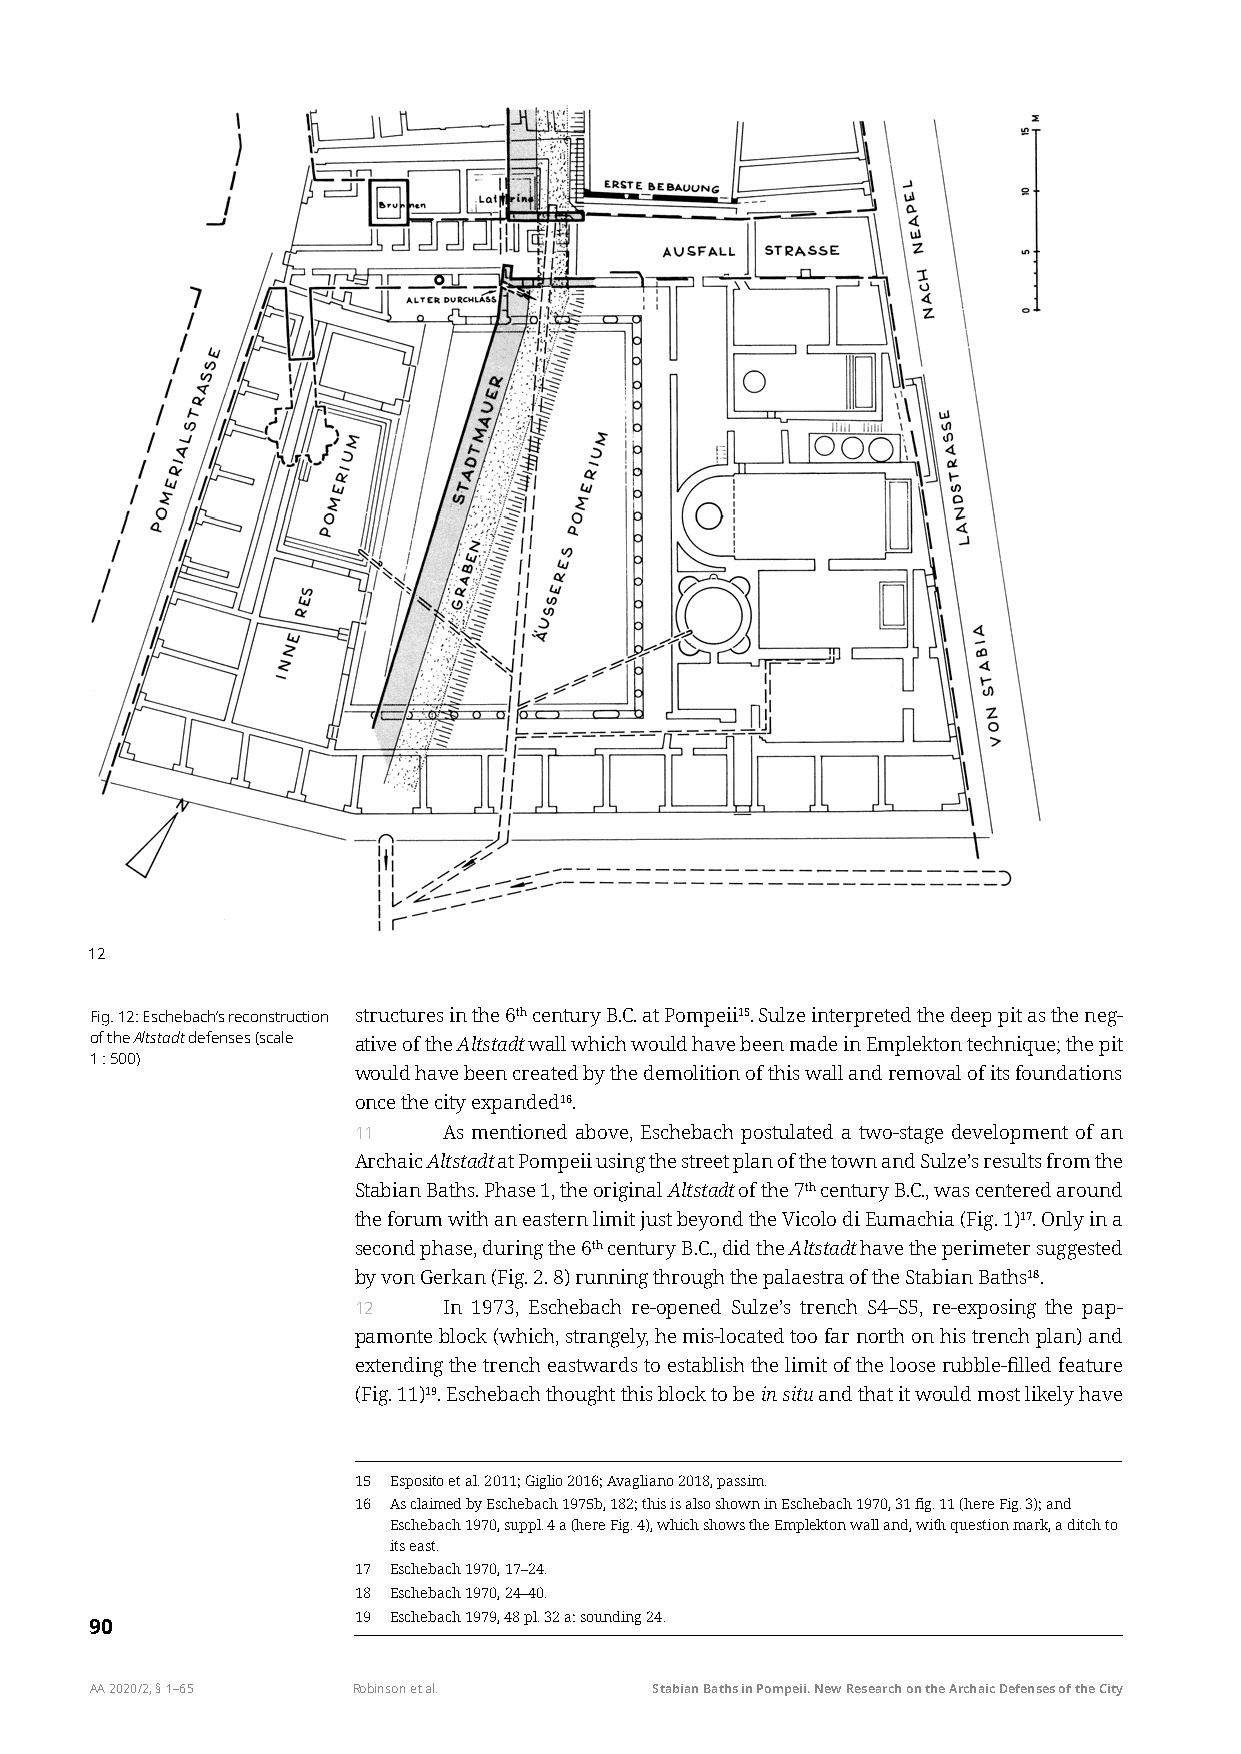
12
 Fig. 12: Eschebach’s reconstruction structures in the 6th century B.C. at Pompeii15. Sulze interpreted the deep pit as the neg-
 of the Altstadt defenses (scale ative of the Altstadt wall which would have been made in Emplekton technique; the pit
 1 : 500)
 would have been created by the demolition of this wall and removal of its foundations
 once the city expanded16.
 11    As mentioned above, Eschebach postulated a two-stage development of an
 Archaic Altstadt at Pompeii using the street plan of the town and Sulze’s results from the
 Stabian Baths. Phase 1, the original Altstadt of the 7th century B.C., was centered around
 the forum with an eastern limit just beyond the Vicolo di Eumachia (Fig. 1)17. Only in a
 second phase, during the 6th century B.C., did the Altstadt have the perimeter suggested
 by von Gerkan (Fig. 2. 8) running through the palaestra of the Stabian Baths18.
 12    In 1973, Eschebach re-opened Sulze’s trench S4–S5, re-exposing the pap-
 pamonte block (which, strangely, he mis-located too far north on his trench plan) and
 extending the trench eastwards to establish the limit of the loose rubble-filled feature
 (Fig. 11)19. Eschebach thought this block to be in situ and that it would most likely have
 15 Esposito et al. 2011; Giglio 2016; Avagliano 2018, passim.
 16 As claimed by Eschebach 1975b, 182; this is also shown in Eschebach 1970, 31 fig. 11 (here Fig. 3); and
 Eschebach 1970, suppl. 4 a (here Fig. 4), which shows the Emplekton wall and, with question mark, a ditch to
 its east.
 17 Eschebach 1970, 17–24.
 18 Eschebach 1970, 24–40.
 19 Eschebach 1979, 48 pl. 32 a: sounding 24.
 90
 AA 2020/2, § 1–65 Robinson et al.    Stabian Baths in Pompeii. New Research on the Archaic Defenses of the City